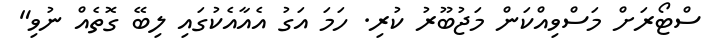
ސްޓޯރަށް މަސްވިއްކަން މަޖުބޫރު ކުރި. ހަމަ އަގު އެއާއެކުގައި ލިބޭ ގޮތެއް ނުވި"